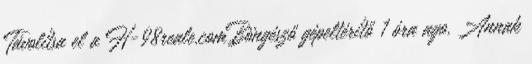
Távolítsa el a H-98reale.comBöngésző gépeltérítő 1 óra ago. Annak